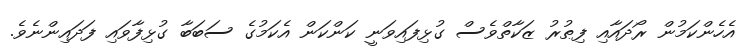
އެހެންކަމުން ރޯދައާއި ފިޠުރު ޒަކާތްވެސް ގުޅިފައިވަނީ ކަންކަން އެކަމުގެ ސަބަބާ ގުޅިފާވައި ފަދައިންނެވެ.